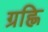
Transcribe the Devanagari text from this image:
ग्रह्णि